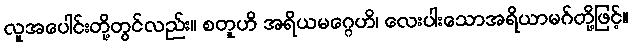
လူအပေါင်းတို့တွင်လည်း။ စတူဟိ အရိယမဂ္ဂေဟိ၊ လေးပါးသောအရိယာမဂ်တို့ဖြင့်။